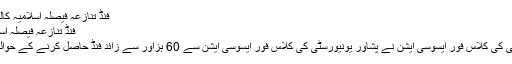
فنڈ تنازعہ فیصلہ اسلامیہ کالج یونیورسٹی کے حق میں | Pak Study
فنڈ تنازعہ فیصلہ اسلامیہ کالج یونیورسٹی کے حق میں View
پشاور: 24 فروری: اسلامیہ کالج یونیورسٹی کی کلاس فور ایسوسی ایشن نے پشاور یونیورسٹی کی کلاس فور ایسوسی ایشن سے 60 ہزاور سے زائد فنڈ حاصل کرنے کے حوالے سے عدالت میں زیر غور کیس جیت لیا۔